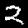
Label: 2